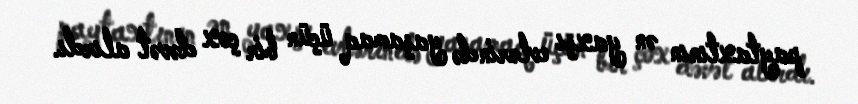
paytaxtının ən yaxşı evlərində yaşamaq üçün bir çox dəvət alırdı.